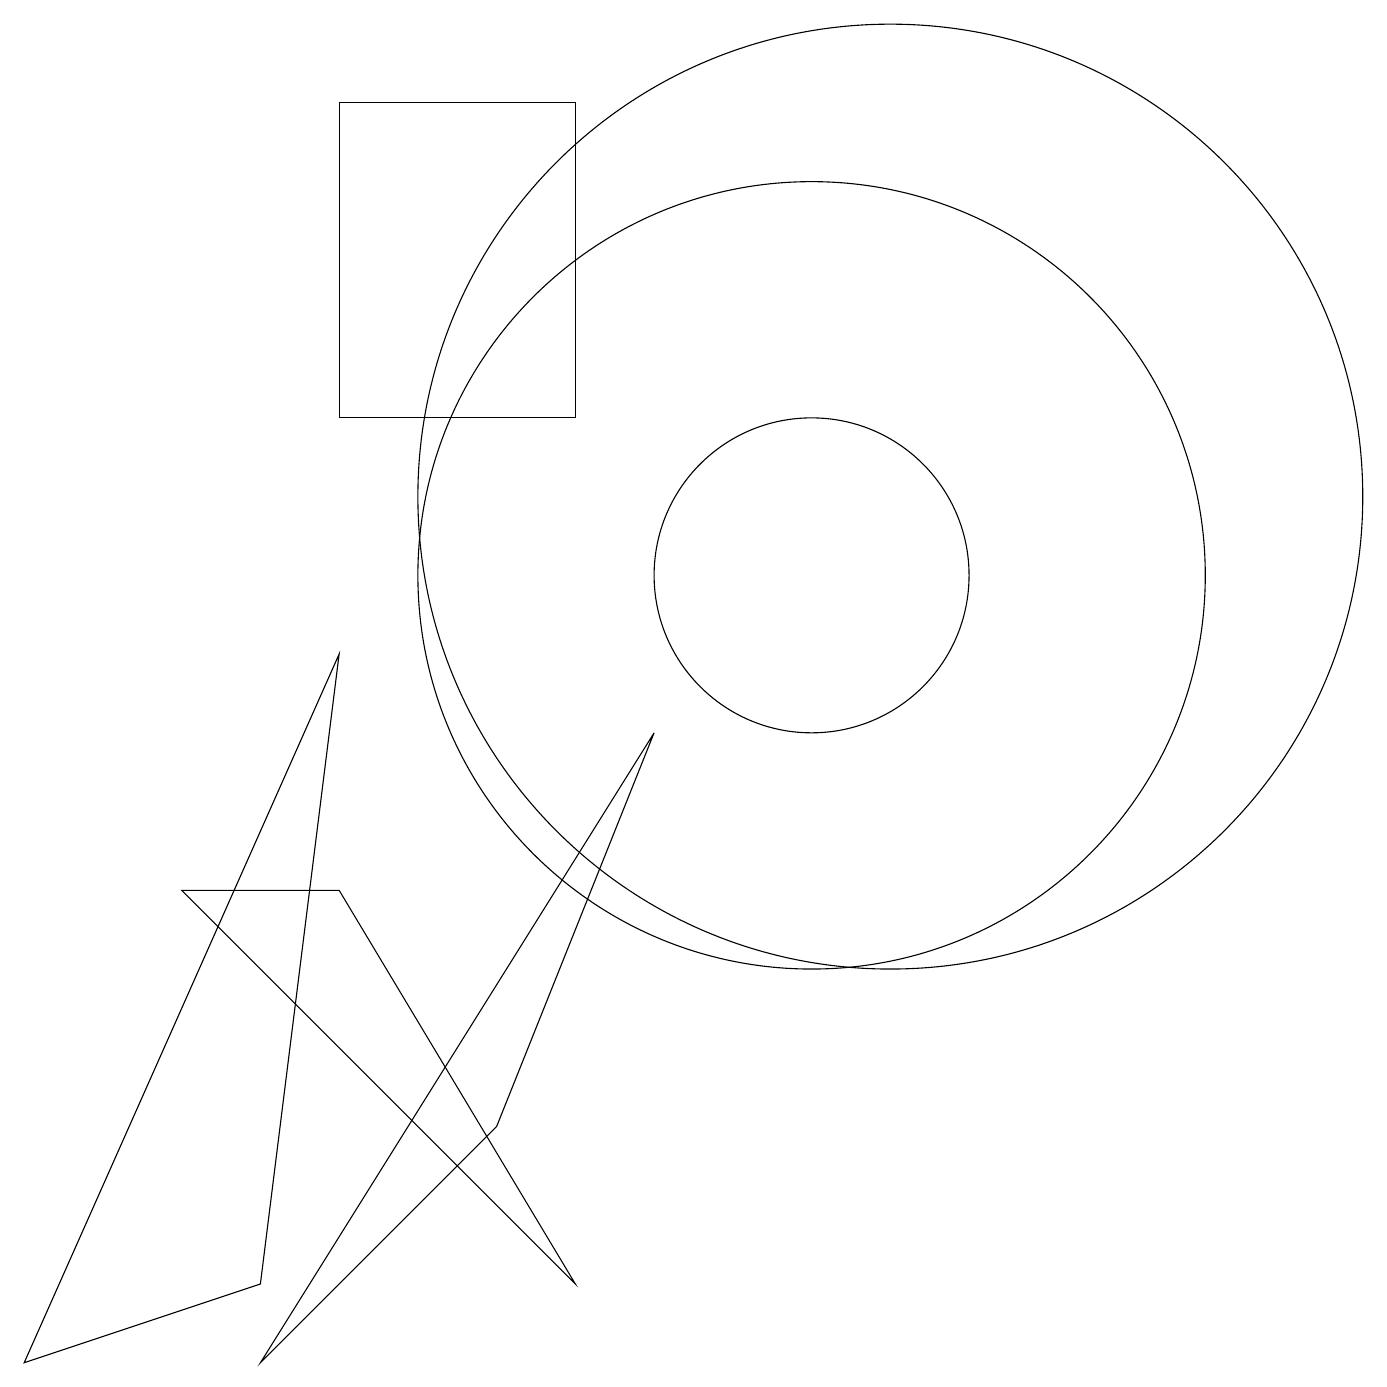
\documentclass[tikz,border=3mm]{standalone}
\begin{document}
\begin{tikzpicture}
\draw (7,1) -- (4,6) -- (2,6) -- cycle;
\draw (10,10) circle (2);
\draw (10,10) circle (5);
\draw (6,3) -- (8,8) -- (3,0) -- cycle;
\draw (11,11) circle (6);
\draw (10,11) circle (0);
\draw (7,12) rectangle (4,16);
\draw (0,0) -- (4,9) -- (3,1) -- cycle;
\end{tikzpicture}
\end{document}